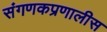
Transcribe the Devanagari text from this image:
संगणकप्रणालीस